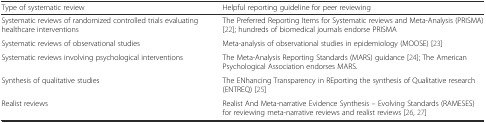
<table><thead><tr><td><b>Type of systematic review</b></td><td><b>Helpful reporting guideline for peer reviewing</b></td></tr></thead><tbody><tr><td>Systematic reviews of randomized controlled trials evaluating healthcare interventions</td><td>The Preferred Reporting Items for Systematic reviews and Meta-Analysis (PRISMA) [22]; hundreds of biomedical journals endorse PRISMA</td></tr><tr><td>Systematic reviews of observational studies</td><td>Meta-analysis of observational studies in epidemiology (MOOSE) [23]</td></tr><tr><td>Systematic reviews involving psychological interventions</td><td>The Meta-Analysis Reporting Standards (MARS) guidance [24]; The American Psychological Association endorses MARS.</td></tr><tr><td>Synthesis of qualitative studies</td><td>The ENhancing Transparency in REporting the synthesis of Qualitative research (ENTREQ) [25]</td></tr><tr><td>Realist reviews</td><td>Realist And Meta-narrative Evidence Synthesis – Evolving Standards (RAMESES) for reviewing meta-narrative reviews and realist reviews [26, 27]</td></tr></tbody></table>